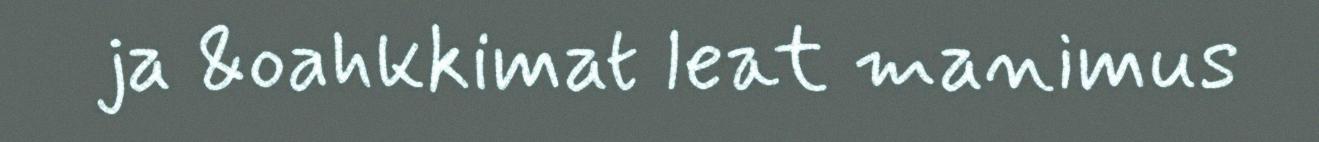
ja &oahkkimat leat manimus